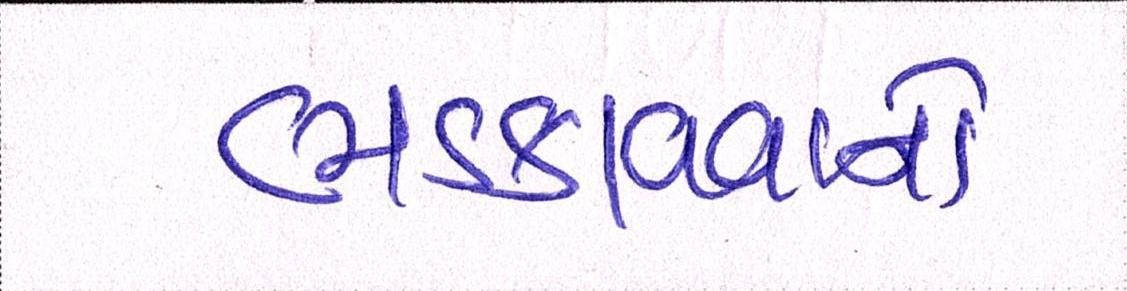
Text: ભડકાવવાનો